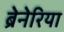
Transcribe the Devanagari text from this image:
ब्रेनेरिया